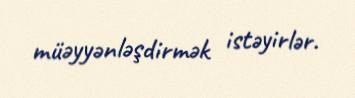
müəyyənləşdirmək istəyirlər.